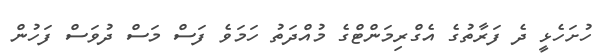
ހުށަހެޅީ ދެ ފަރާތުގެ އެގްރިމަންޓްގެ މުއްދަތު ހަމަވެ ފަސް މަސް ދުވަސް ފަހުން